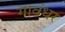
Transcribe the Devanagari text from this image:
गावंधर